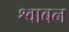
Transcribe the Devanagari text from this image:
श्वाबन